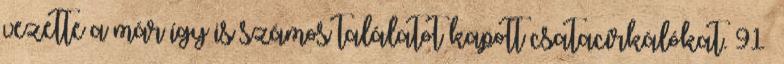
vezette a már így is számos találatot kapott csatacirkálókat. 91